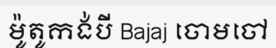
ម៉ូតូកង់បី Bajaj ចោមចៅ